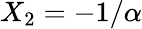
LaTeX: X_{2}=-1/\alpha